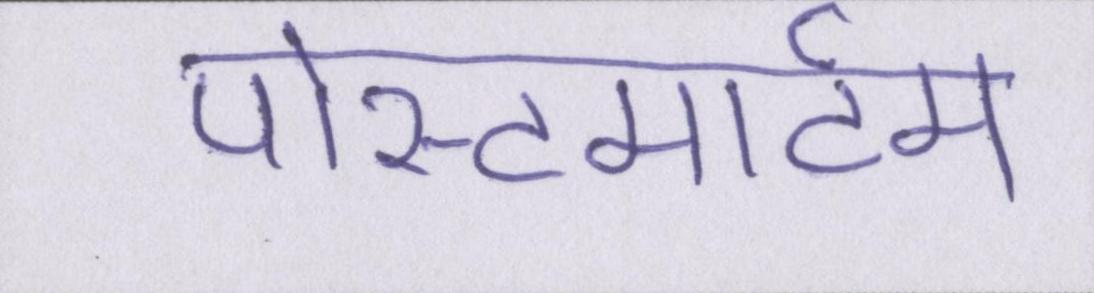
पोस्टमार्टम